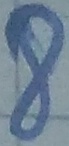
Text: 8